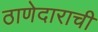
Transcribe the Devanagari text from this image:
ठाणेदाराची